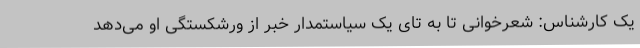
یک کارشناس: شعرخوانی تا به تای یک سیاستمدار خبر از ورشکستگی او می‌دهد